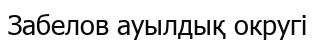
Забелов ауылдық округі